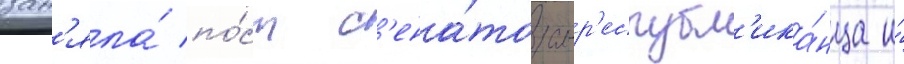
зан'яла́ по́ст с'ена́тора-р'еспубл'ика́нца и́